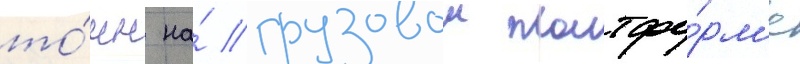
то́нн на́ грузовои платфо́рм'е